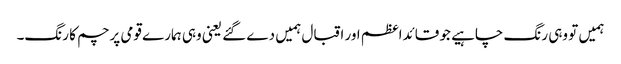
ہمیں تو وہی رنگ چاہیے جو قائداعظم اور اقبال ہمیں دے گئے یعنی وہی ہمارے قومی پرچم کا رنگ۔